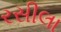
રસીલા